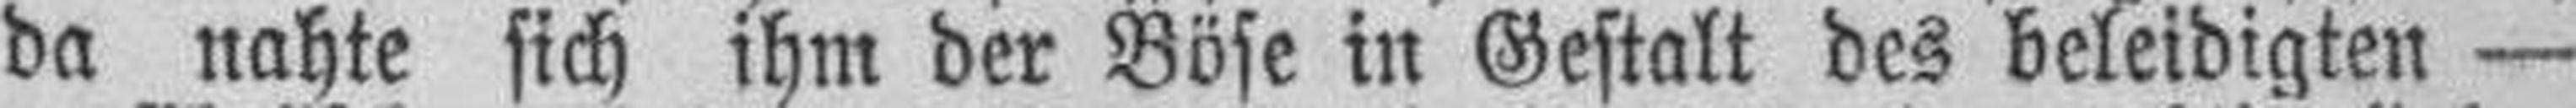
da nahte sich ihm der Böse in Gestalt des beleidigten —